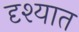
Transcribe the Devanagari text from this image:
दृश्यात